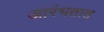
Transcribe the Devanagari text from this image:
आरंभतात